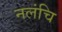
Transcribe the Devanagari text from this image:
नलंचि